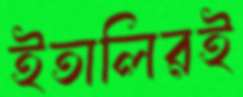
ইতালিরই